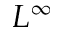
L ^ { \infty }